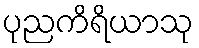
ပုညကိရိယာသု